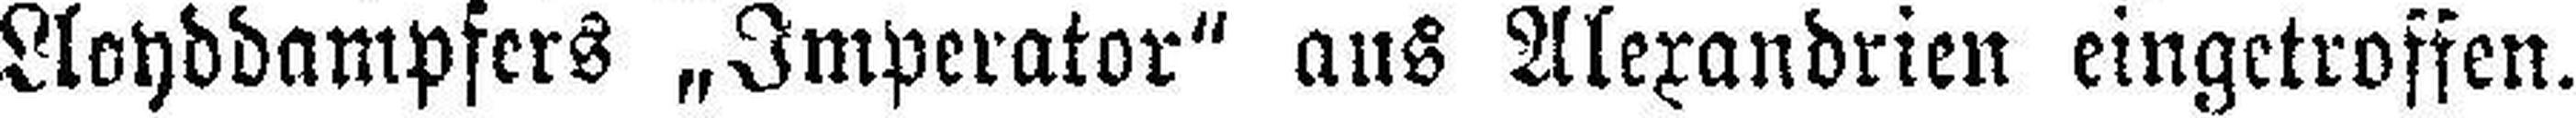
Lloyddampfers „Imperator“ aus Alexandrien eingetroffen.